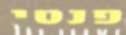
פנטי